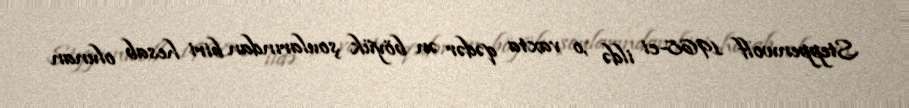
Steppenwolf 1968-ci ildə ,o vaxta qədər ən böyük şoularından biri hesab olunan